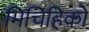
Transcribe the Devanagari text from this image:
मिचिहिको